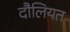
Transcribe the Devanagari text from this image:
दौलियत